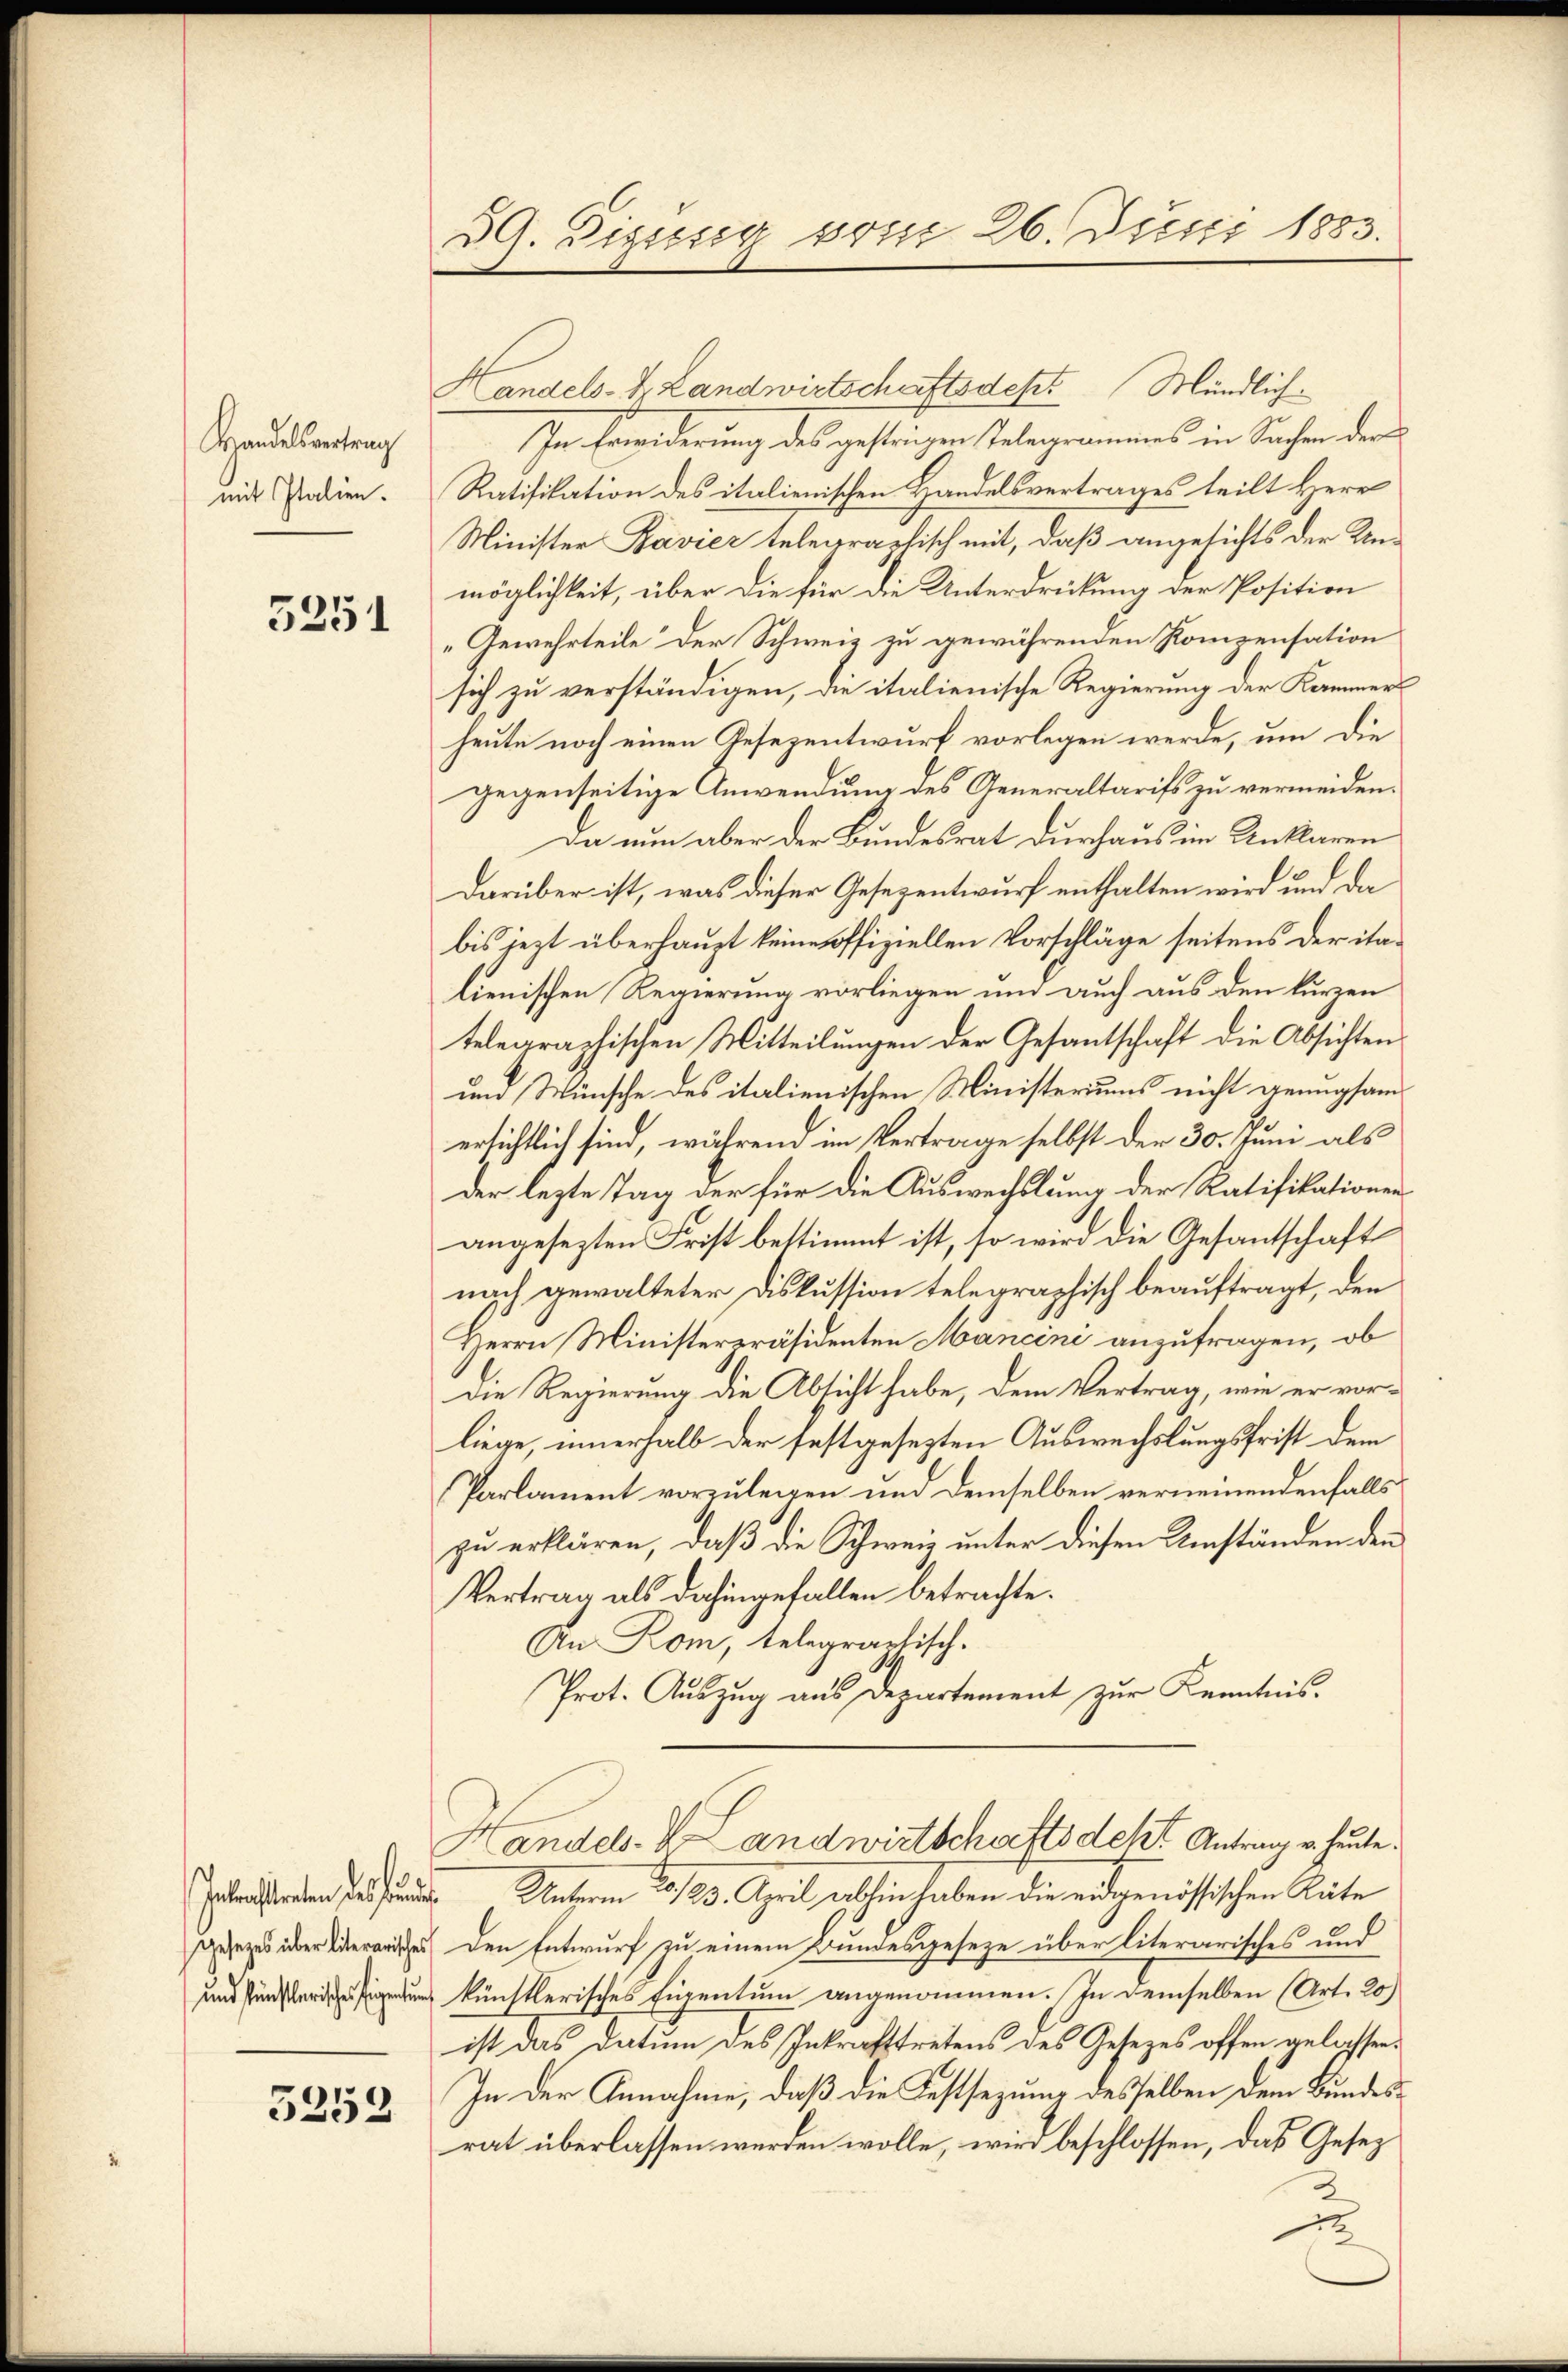
Handelsvertrag
mit Italien.

3251

5252

39. Dipusig seit 26. Juni 1883.

Handels- & Landwirtschaftsdest Mündlich-
In Erwiderung des gestrigen Telegrammes in Sachen der
Ratifikation des italienischen Handelsvertrages teilt Herr
Minister Bavier telegraphisch mit, daß angesichts der Kinmöglichkeit, über die für die Unterdrückung der Position
„Gewehrteile der Schweiz zu gewährenden Kompensation
sich zu verständigen, die italienische Regierung der Kammers
heute noch einen Gesezentwurf vorlegen werde, um die
gegenseitige Anwendung des Generaltarifs zu vermeiden.
Da nun aber der Bundesrat durchaus im Unklaren
darüber ist, was dieser Gesezentwurf enthalten wird und da
bis jezt überhaupt keine offiziellen Vorschläge seitens der italienischen Regierung vorliegen und auch aus den kurzen
telegraphischen Mitteilungen der Gesantschaft die Absichten
und Wünsche des italienischen Ministeriums nicht genugsam
ersichtlich sind, während im Vertrage selbst der 30. Juni als
der lezte Tag der für die Auswechslung der Ratifikationen
angesezten Frist bestimmt ist, so wird die Gesantschaft
nach gewalteter Diskussion telegraphisch beauftragt, den
Herrn Ministerpräsidenten Mancini anzufragen, ob
Die Regierung die Absicht habe, dem Vertrag, wie er vorliege, innerhalb der festgesezten Auswechslungsfrist dem
Parlament vorzulegen und demselben verneinendenfalls
zu erklären, daß die Schweiz unter diesen Umständen den
Vertrag als dahingefallen betrachte.
An Rom, telegraphisch.
Prot. Auszug aus Departement zur Kenntnis.
Handels-V. Landwirtschaftsdekt Antrag v. heute.
Petentenden sie sind. Unterm 20./23. April abhin haben die eidgenössischen Räte
 Den Entwurf zu einem Bundesgeseze über literarisches und
und sinnung künstlerisches Eigentum angenommen. In demselben (Art. 20)
ist das Datum des Inkrafttretens des Gesetzes offen anlassen.
In der Annahme, daß die Festsezung desselben dem Bundesrat überlassen werden wolle, wird beschlossen, das Gesez
1